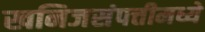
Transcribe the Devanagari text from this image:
खनिजसंपत्तीमध्ये